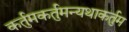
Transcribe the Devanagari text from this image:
कर्तुमकर्तुमन्यथाकर्तुम